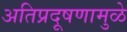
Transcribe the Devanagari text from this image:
अतिप्रदूषणामुळे